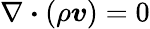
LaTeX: \nabla\boldsymbol{\cdot}(\rho\boldsymbol{v})=0